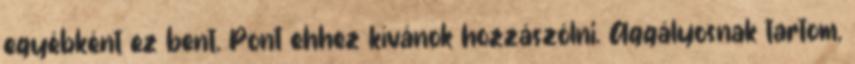
egyébként ez bent. Pont ehhez kívánok hozzászólni. Aggályosnak tartom,